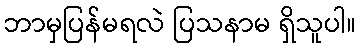
ဘာမှပြန်မရလဲ ပြသနာမ ရှိသူပါ။